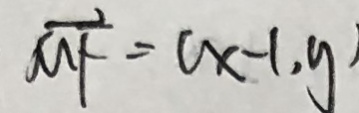
\overrightarrow { M F } = ( x - 1 , y )